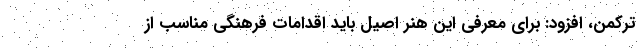
ترکمن، افزود: برای معرفی این هنر اصیل باید اقدامات فرهنگی مناسب از